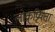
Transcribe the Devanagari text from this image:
लोक्र्प्रियता